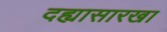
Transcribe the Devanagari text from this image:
दह्यासारखा